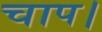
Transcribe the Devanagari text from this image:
चाप।